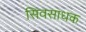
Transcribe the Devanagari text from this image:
सिवसाधक